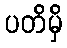
ပတိမှိ